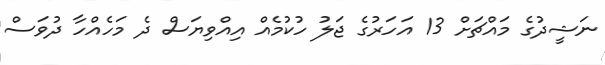
ނަޝީދުގެ މައްޗަށް 13 އަހަރުގެ ޖަލު ހުކުމެއް އިއްވިޔަސް ދެ މަހެއްހާ ދުވަސް